Annual report on the lock hospitals of the Madras Presidency
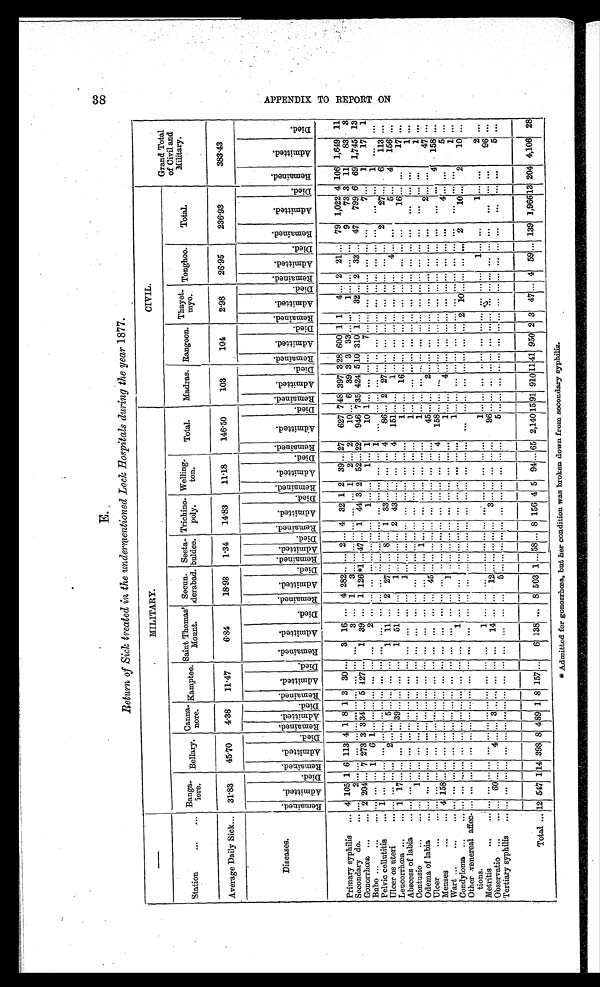
E.
Return of Sick, treated in the undermentioned Lock Hospitals during the year 1877.
—
MILITARY.
CIVIL.
Grand Total
of Civil and
Military.
Station
. . . . . .
Banga
lore. Bellary. Canna nore. Kamptee. Saint Thomas'
Mount.
Secun
derabad. Seetabuldee.
Trichino
poly.
Welling
ton.
Total. Madras. Rangoon. Thayet
myo. Tonghoo.
Total.
Average Daily Sick... 31·83
45·70 4·38
11·47
6 · 8 4
18·98
1·34 14·83
11·18
146·50
103
104
2·98
26·95
236· 93
383· 43
Diseases.
R e ma i n e d . Ad mi t t e d . Di ed. R e m a i n e d . Ad mi t t e d . Di ed.Re ma i n e d . Ad mi t t e d . Di ed.Re ma i n e d .
A d m i t t e d .
Di ed. R e m a i n e d . A d m i t t e d . D i e d . R e m a i n e d . A d m i t t e d . Di ed. R e m a i n e d . A d mi t t e d . Di ed.
Re ma i ne d.
A d m i t t e d . Di ed. R e m a i n e d . A d m i t t e d . Di ed. R e m a i n e d .
A d m i t t e d . Di ed. R e m a i n e d . Ad mi t t e d . Di ed. R e m a i n e d . Ad mi t t e d . Di ed.
R e ma i n e d .
Ad mi t t e d . Died. R e ma i n e d . Ad mi t t e d . Di ed Re ma i n e d .
A d m i t t e d . Di ed. R e m a i n e d .
A d m i t t e d . Di ed.
Primary syphilis ... 4 105 1 6 113 4 1 8 1 3 30 ... 3 16 ... 4 282 .. ... 2 ... 4 32 1 2
3 9 . . . 27 627 748 397 328 600 1 1 4 ... 2 21 ... 79 1,022 4 106 1,649 11
Secondary do.
... ...
. . . 2 . . . . . . . . . . . . . . . . . . . . . . . . . . . . . . 3 . . . 1
3 . . . . . . . . . . . . . . . . . . . . . 1 2 . . . 2 10 ... 6 39 3 3
3
33.... . . . 1 ... ..
. . .
... 9 73 3 11 83
3
Gonorrhœac
... 2 204 ... 7 273 3 3 34 ... 5 127 ... 1 39 ... 1 126 * 1 ... 47 . . . 1 44 3 2 52 ... 22 946 7 35 424 510 310 1 ... 32 ... 2 33 ... 47 799 6 69 1,745 13
Bubo
... ... . . . . . . . . . 1
6 1 . . . . . . . . . . . . . . . . . . . . . 2 . . . . . . . . . . . . . . . . . . . . . . . . 1 . . . . . . 1 . . . 1
1 0 1 . . . . . . . . . . . . 7 . . . . . . . . . . . . . . . . . . . . . . . .
7 . . . 1
17
1
Pelvic cellutitis ... . . . 1 . . . . . . . . . . . . . . . . . . . . . . . . . . . . . . . . . . . . . . . . . . . . . . . . . . . . . . . . . . . . . . . . . . . . . . . . . . . . . 1
. . . . . . . . . . . . . . . . . . . . . . . . . . . . . . . . . . . . . . . . . . . . .
. . . . . . 1
. . . . . .
Ulcer os uteri
...
. . . . . . . . . . . . 2 ... . . . 5 ... ... ... ... 1 11 ... 2 27 ... ... 8 ... 1 33 ... ... ... ... 4
8 6 . . . 2 2 7 . . . . . . . . . . . . . . . . . . ... ... ... ... 2
27 ... 6 113 . . .
Leucorrhœa ... ... 1 17 . . . . . . ... ... ... 39 ... ... ... . . . 1 51 ... ...
1 . . . . . . . . . . . . 2
4 3 . . . . . . . . . . . . 4
1 5 1 . . . . . . 1 . . . . . . . . . . . . . . . . . . . . . . . . . . . . . . . . .
5 ... 4 156 ...
Abscess of labia
...
. . . . . . . . . . . . . . . . . . . . . . . . . . . . . . . . . . . . . . . . . . . . . . . . . . . . . . . . . . . . . . . . . . . . . . . . . . . . . . . . . ...
. . . . . . . . . 1 . . . . . . . . . . . . . . . . . . . . . . . . 1 . . . . . . 16 . . . ...
17 ...
Contusio ...
. . . . . . 1 . . . . . . . . . . . . . . . . . . . . . . . . . . . . . . . . . . . . . . . . . . . . . . . . . . . . . . . . . . . . . . . . . . . . . . . . . . .
. . . . . . . . . 1 . . . . . . . . . . . . . . . . . . . . . . . . . . . . . . . . .
. . . . . . . . .
1 . . .
Odema of labia
...
. . . . . . . . . . . . . . . . . . . . . . . . . . . . . . . . . . . . . . . . . . . . . . . . . . . . . . . . . . . . . . . . . . 1 . . . . . . . . . . . . . . .
. . . . . . . . . 1 . . . . . . . . . . . . . . . . . . . . . . . . . . . . . . . . .
. . . . . . . . .
1 . . .
Ulcer
...
. . . . . . . . . . . . . . . . . . . . . . . . . . . . . . . . . . . . . . . . . . . . . . . . 4 5 . . . . . . . . . . . . . . . . . . . . . . . . . . . . . . . . .
. . . . . . . . . 4 5 . . . 2
. . . . . . . . . . . . . . . . . . . . . . . . . . . 2 . . . . . . 47 . . .
Menses
... ... . . . . . . 4 1 5 8 . . . . . . . . . . . . . . . . . . . . . . . . . . . . . . . . . . . . . . . . . . . . . . . . . . . . . . . . . . . . . . . . . . . . . . . .
. . . . . . 4 1 5 8 . . . . . . . . . . . . . . . . . . . . . . . . . . . . . . . . . . . .
. . . 4 158 . . .
Wart
...
. . . . . . . . . . . . . . . . . . . . . . . . . . . . . . . . . . . . . . . . . . . . . . . . 1 . . . . . . . . . . . . . . . . . . . . . . . . . . . . . . . 1
. . . . . . . . . . . . . . . . . . . . . . . . . . . . . . . . . . . . . . . . . . . . . 4 . . . . . .
5 . . .
Condyloma ...
. . . . . . . . . . . . . . . . . . . . . . . . . . . . . . . . . . . . . . . 1 . . . . . . . . . . . . . . . . . . . . . . . . . . . . . . . . . . . . . . . . . 1
. . . . . . . . . . . . . . . . . . . . . . . . . . . . . . . . . . . . . . . . . . . . .
. . . . . . . . .
1 . . .
O t h e r v e n e r e a l a f f e c t i o n s .
. . . . . . . . . . . . . . . . . . . . . . . . . . . . . . . . . . . . . . . . . . . . . . . . . . . . . . . . . . . . . . . . . . . . . . . . . . . . . . . . . . . .
. . . . . . . . . . . . . . . . . . . . . . . . 2 10 . . . . . . . . . . . . 2 10 ... 2 10 ...
Metritis
...
. . . . . . . . . . . . . . . . . . . . . . . . . . . . . . . . . . . . 1 . . . . . . . . . . . . . . . . . . . . . . . . . . . . . . . . . . . . . . . . . . 1
. . . . . . . . . . . . . . . . . . . . . . . . . . . . . . . . . 1 . . . . . . . . .
1 . . . . . .
2 . . .
Observatio ...
. . . 6 0 . . . . . . 4 . . . . . . 3 . . . . . . . . . . . . . . . 1 4 . . . . . . 1 2 . . . . . . . . . . . . . . . 3 . . . . . . . . . . . . . . .
9 6 . . . . . . . . . . . . . . . . . . . . . . . . . . . . . . . . . . . . . . . . . .
. . . . . . . . . 96 ...
Tertiary syphilis
5
5
5 ...
Total
...
1 2 547 1 1 4 398 8 4 89 1 8 157 . . . 6 138 ... 8 503 1 ... 58 ... 8 156 4 5 94 ... 65 2,140 15 91 910 11 41 950 2 3 47 ... 4 59 ... 139 1,966 13 204 4,106 28
* Admitted for gonorrhœa, but her condition was broken down from secondary syphilis.
38
A P P E N D I X T O R E P O R T O N